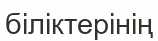
біліктерінің